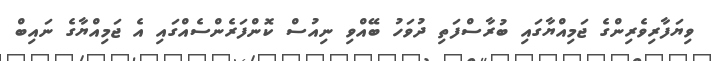
ވިޔަފާރިވެރިންގެ ޖަމިއްޔާގައި ބުރާސްފަތި ދުވަހު ބޭއްވި ނިއުސް ކޮންފަރެންސެއްގައި އެ ޖަމިއްޔާގެ ނައިބް